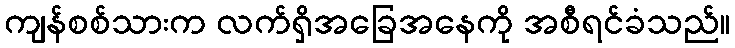
ကျန်စစ်သားက လက်ရှိအခြေအနေကို အစီရင်ခံသည်။